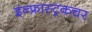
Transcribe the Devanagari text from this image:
इन्फ्रास्ट्रकचर